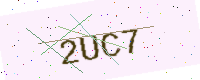
Text: 2UC7